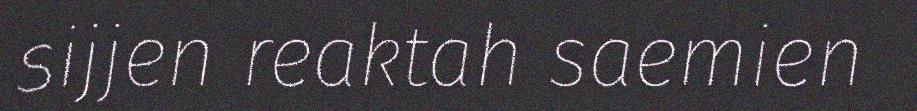
sijjen reaktah saemien